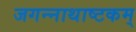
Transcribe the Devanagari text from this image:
जगन्नाथाष्टकम्